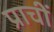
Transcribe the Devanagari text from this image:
प्राचीं